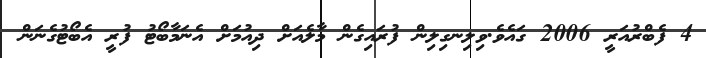
4 ފެބްރުއަރީ 2006 ގައެވެ.ވިލިނގިލިން ފުރައިގެން މާލެއަށް ދިއުމަށް އެނަމާބޯޓު ފުރީ އެބޯޓުގެނަން